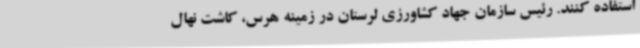
استفاده کنند. رئیس سازمان جهاد کشاورزی لرستان در زمینه هرس، کاشت نهال